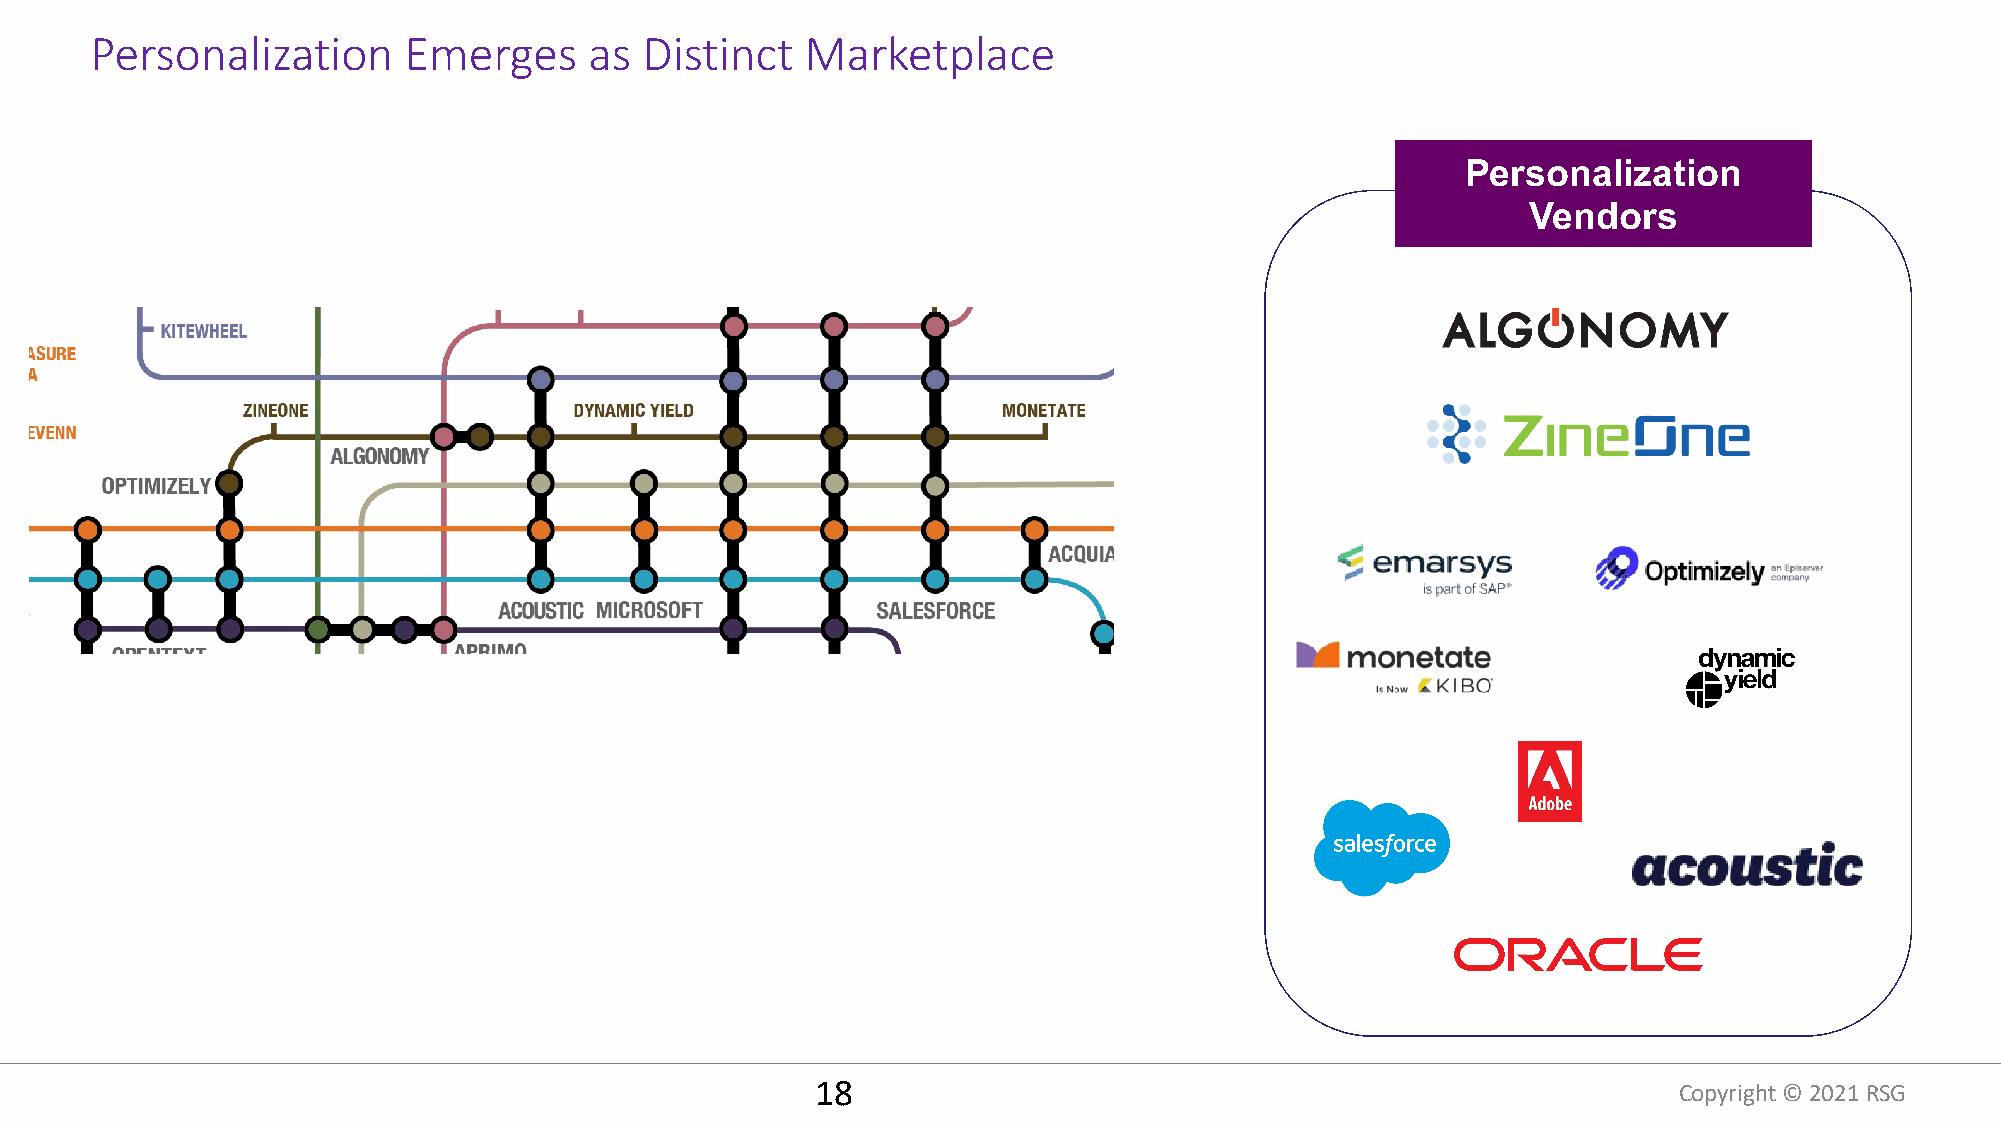
Personalization      Emerges     as Distinct   Marketplace
 Personalization
 Vendors
 18                                                       Copyright © 2021 RSG